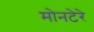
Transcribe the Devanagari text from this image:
मोनटेरे